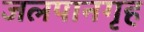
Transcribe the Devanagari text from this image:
जलपानगृह